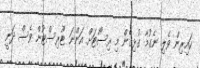
ކައިރިން ވެލި ނެގުމާ ގުޅިގެން މި ރިސޯޓަށް އަންނަ ޓޫރިސްޓުން ވެސް ދަނީ